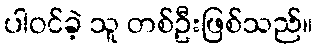
ပါဝင်ခဲ့ သူ တစ်ဦးဖြစ်သည်။